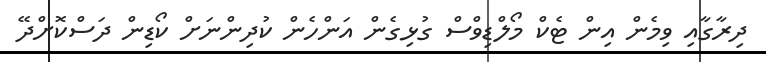
ދިިރާގާއި ވިމެން އިން ޓެކް މޯލްޑިވްސް ގުޅިގެން އަންހެން ކުދިންނަށް ކޯޑިން ދަސްކޮށްދޭ